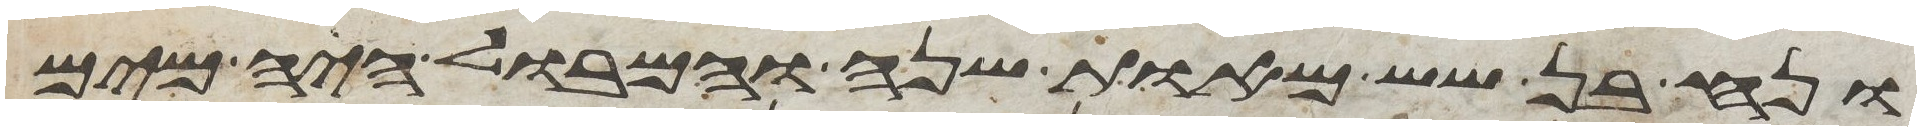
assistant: ונח בן שש מאות שנה והמבול היה מים